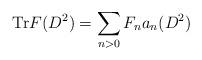
LaTeX: \begin{align*}\mathrm{Tr}F(D^{2})=\displaystyle\sum\limits_{n>0}F_{n}a_{n}(D^{2})\end{align*}